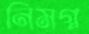
নিমগ্ন